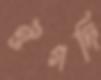
ঔগদি